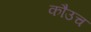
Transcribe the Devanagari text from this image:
कौउच